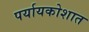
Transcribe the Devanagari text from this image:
पर्यायकोशात